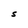
Character: S